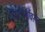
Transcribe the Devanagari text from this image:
पितृतीर्थावरून